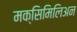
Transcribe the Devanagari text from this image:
मक्सिमिलिअन